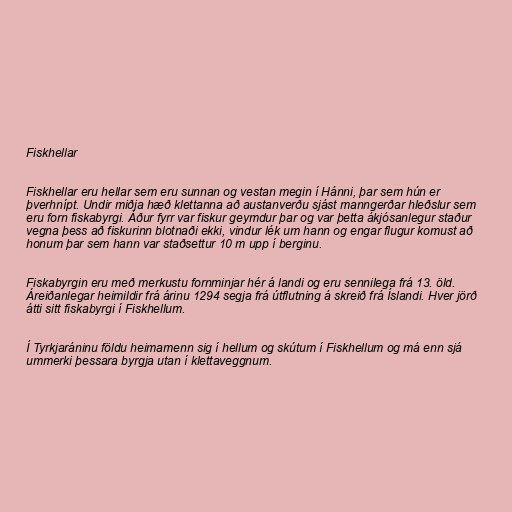
Fiskhellar

Fiskhellar eru hellar sem eru sunnan og vestan megin í Hánni, þar sem hún er
þverhnípt. Undir miðja hæð klettanna að austanverðu sjást manngerðar hleðslur sem
eru forn fiskabyrgi. Áður fyrr var fiskur geymdur þar og var þetta ákjósanlegur staður
vegna þess að fiskurinn blotnaði ekki, vindur lék um hann og engar flugur komust að
honum þar sem hann var staðsettur 10 m upp í berginu.

Fiskabyrgin eru með merkustu fornminjar hér á landi og eru sennilega frá 13. öld.
Áreiðanlegar heimildir frá árinu 1294 segja frá útflutning á skreið frá Íslandi. Hver jörð
átti sitt fiskabyrgi í Fiskhellum.

Í Tyrkjaráninu földu heimamenn sig í hellum og skútum í Fiskhellum og má enn sjá
ummerki þessara byrgja utan í klettaveggnum.